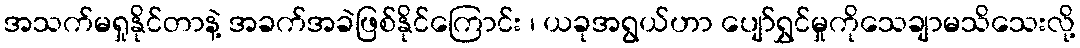
အသက်မရှုနိုင်တာနဲ့ အခက်အခဲဖြစ်နိုင်ကြောင်း ၊ ယခုအရွယ်ဟာ ပျော်ရွှင်မှုကိုသေချာမသိသေးလို့